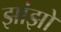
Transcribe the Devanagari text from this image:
झांझों